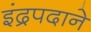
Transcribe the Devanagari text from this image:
इंद्रपदाने